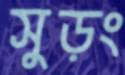
সুড়ং